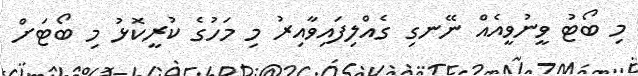
މި ބޯޓު ވީނުވީއެއް ނޭނގި ގެއްލިފައިވާއިރު މި މަހުގެ ކުރީކޮޅު މި ބޯޓަށް